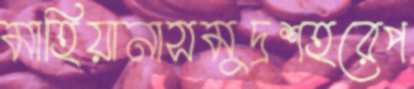
মাহিয়ানাসমুদ্রশহরেপ